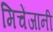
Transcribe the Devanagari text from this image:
मिचेंजानी